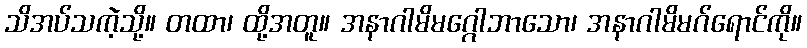
သိအပ်သကဲ့သို့။ တထာ၊ ထို့အတူ။ အနာဂါမိမဂ္ဂေါဘာသော၊ အနာဂါမိမဂ်ရောင်ကို။